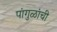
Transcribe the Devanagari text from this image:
पांगुळांची